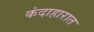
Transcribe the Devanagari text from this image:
कंदाहारात